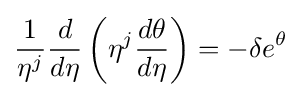
{\frac {1}{\eta ^{j}}}{\frac {d}{d\eta }}\left(\eta ^{j}{\frac {d\theta }{d\eta }}\right)=-\delta e^{\theta }